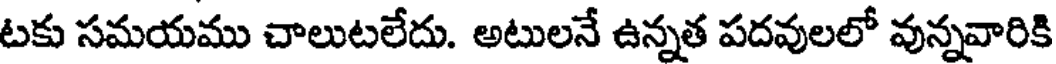
టకు సమయము చాలుటలేదు. అటులనే ఉన్నత పదవులలో వున్నవారికి